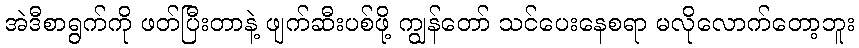
အဲဒီစာရွက်ကို ဖတ်ပြီးတာနဲ့ ဖျက်ဆီးပစ်ဖို့ ကျွန်တော် သင်ပေးနေစရာ မလိုလောက်တော့ဘူး